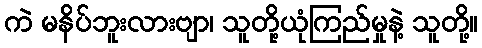
ကဲ မနိပ်ဘူးလားဗျာ၊ သူတို့ယုံကြည်မှုနဲ့ သူတို့။